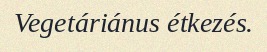
Vegetáriánus étkezés.